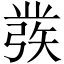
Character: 彂